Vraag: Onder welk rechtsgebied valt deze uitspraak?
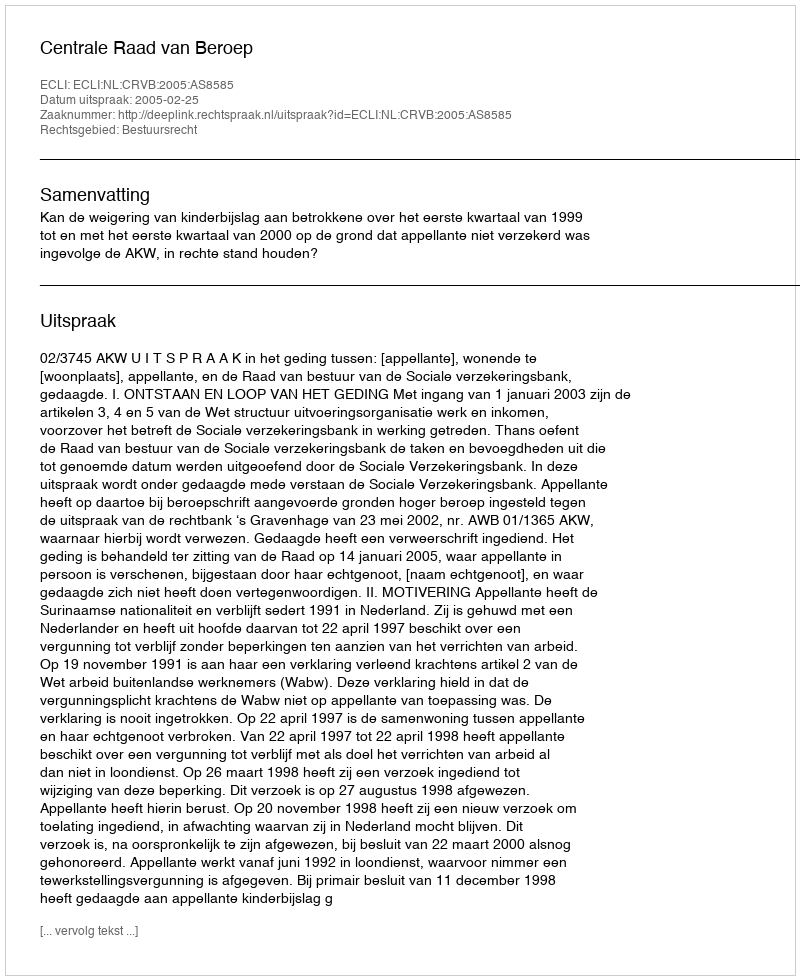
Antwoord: Bestuursrecht